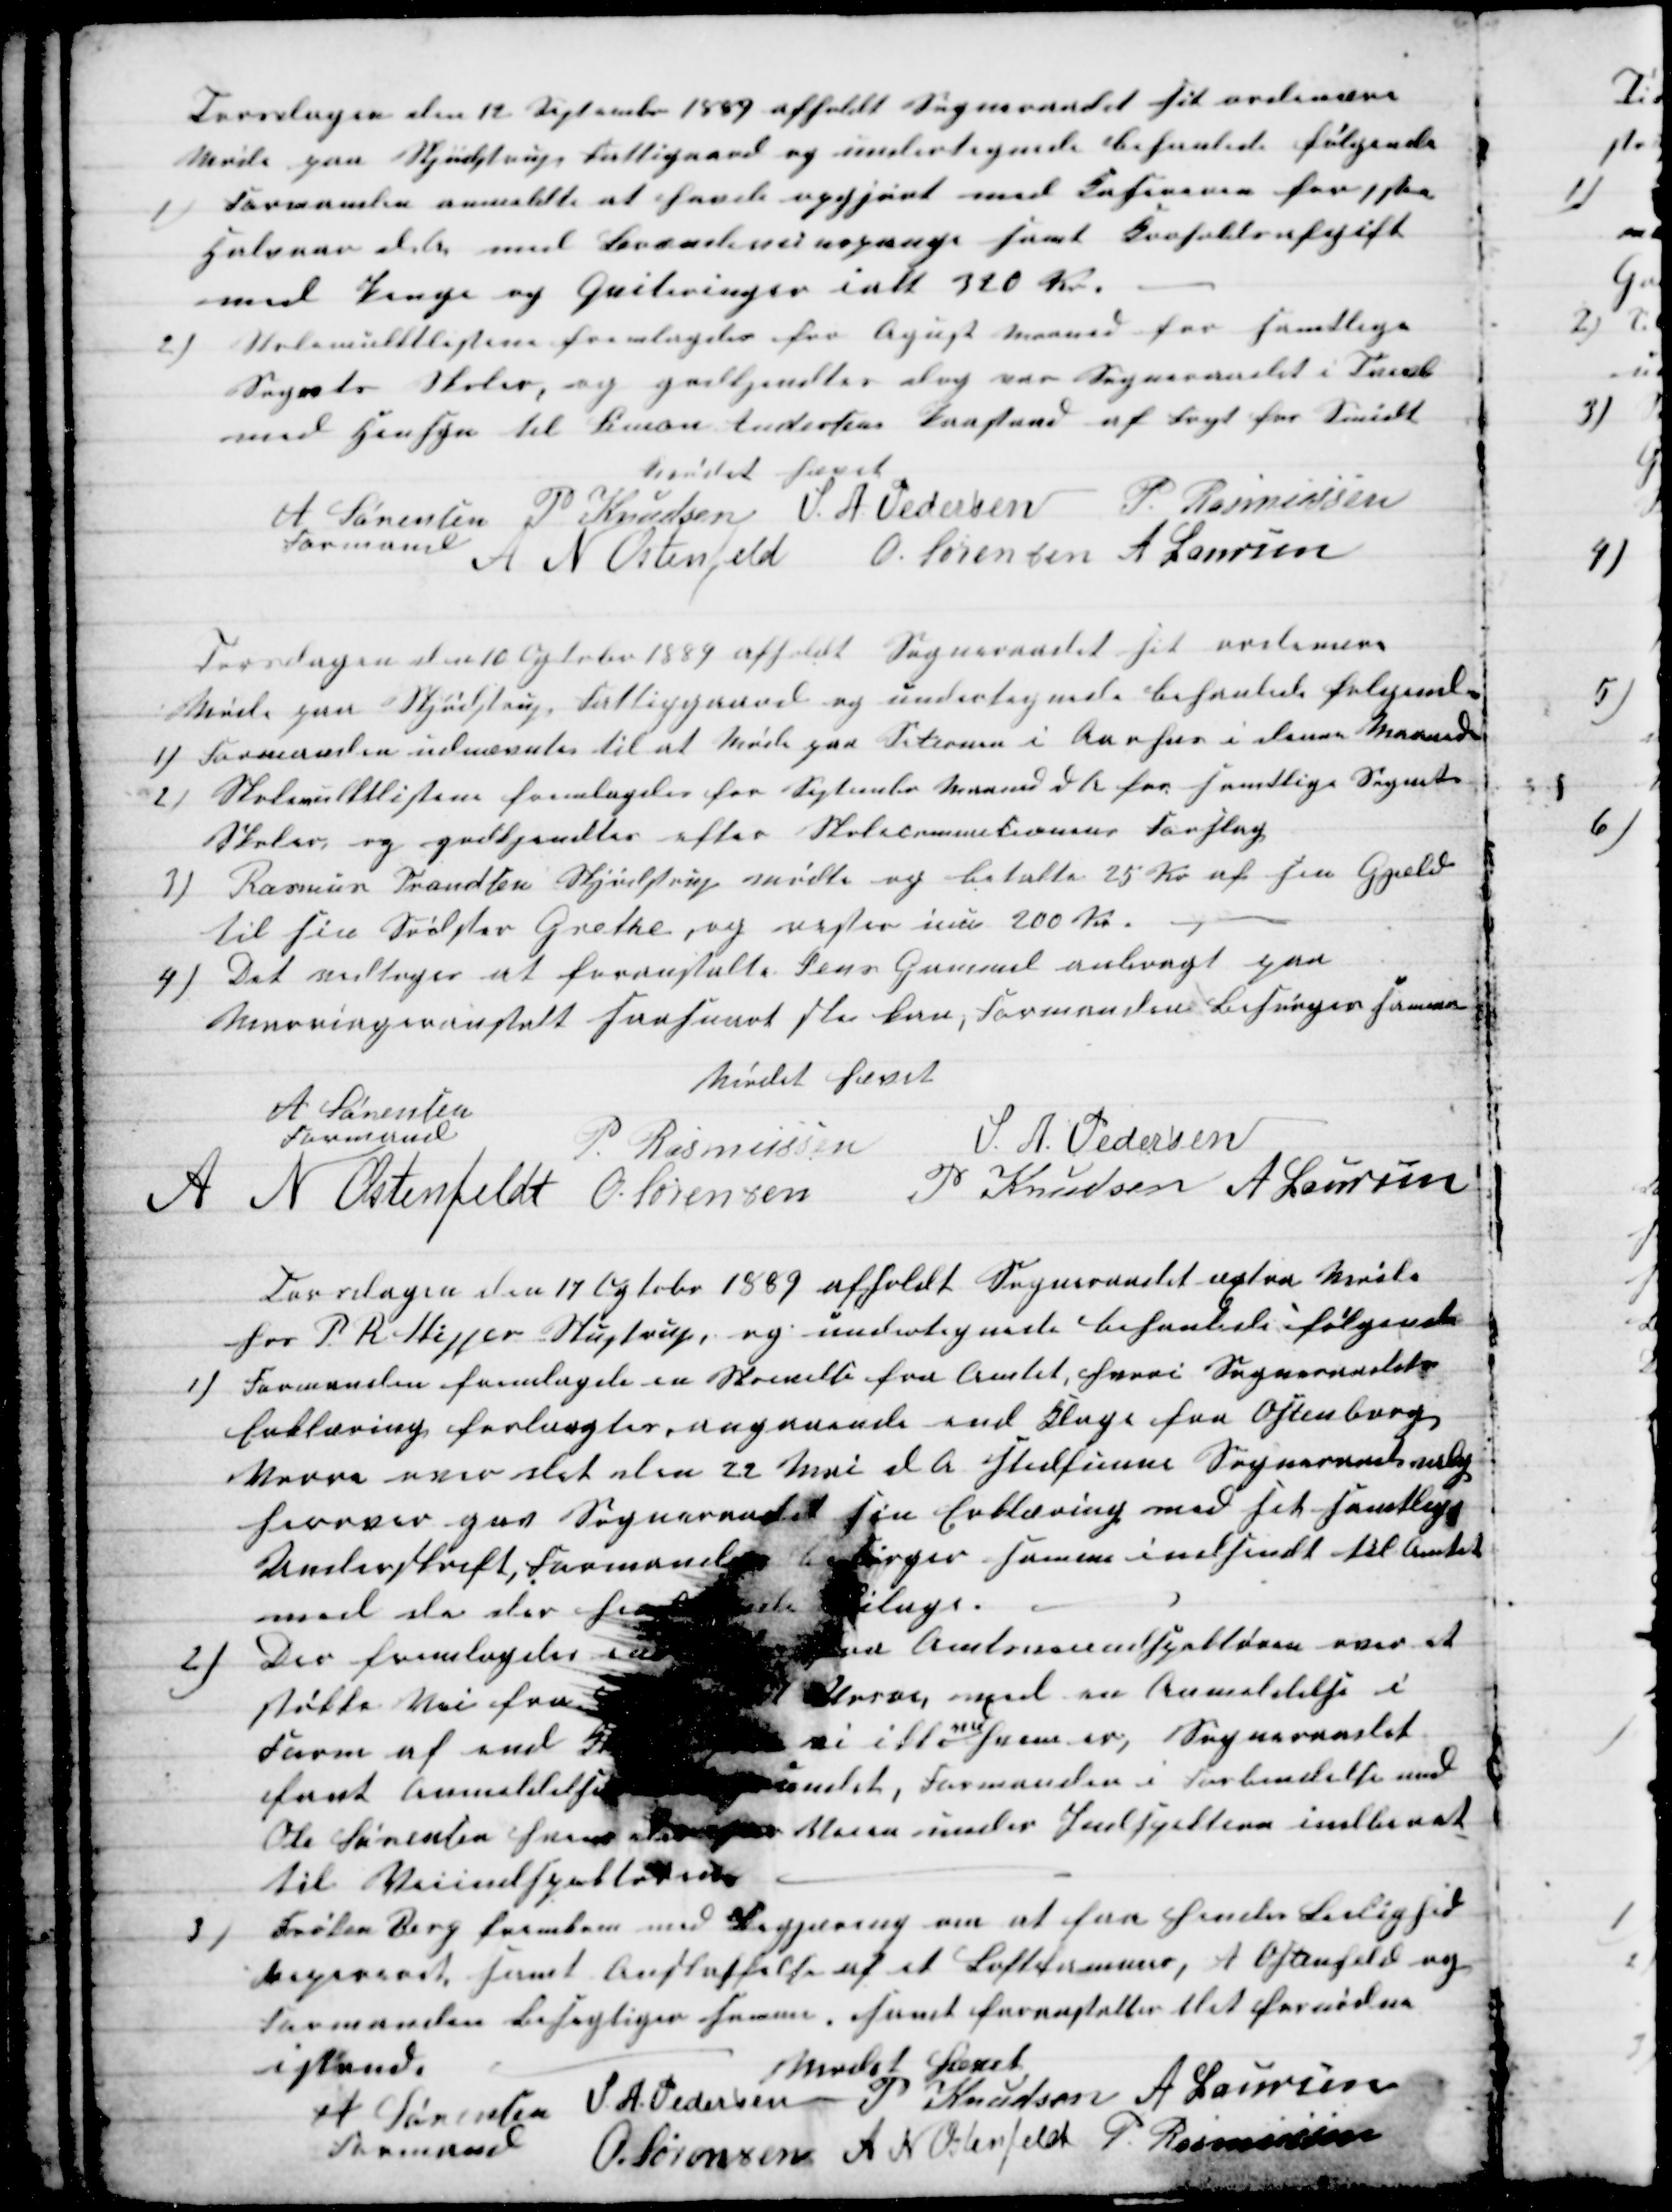
Transskription:
Torsdagen den 12 September 1889 afholdt Sogneraadet sit ordinære
Møde paa Skjødstrup Fattigaard og undertegnede behanlede følgende
1 
Formanden anmeldte at havde opgjørt med Kasereren for 1ste
Halvaar d A med Brændevinspenge samt Kroholderafgift
med Penge og Quiteringer ialt 320 kr.
2)
Skolemulktlistene fremlagdes for Agust Maaned for samtlige
Sognets Skoler, og godkjendtes dog var Sogneraadet i Tvivl
med Hensyn til Simon Andersens Paastand af Fryt for Smidt
Mødet hævet
A Sørensen 
Formand
P. Knudsen S. A. Pedersen P. Rasmussen
A N Ostenfeld O. Sørensen A Laursen
Torsdagen den 10 Ogtobr 1889 afholdt Sogneraadet sit ordinære
Møde paa Skjødstrup Fattiggaard og undertegnede behanlede følgende
1) Formanden udnævntes til at Møde paa Setionen i Aarhus i denne Maaned
2) Skolemulktlistene fremlagdes for September Maaned d A fra samtlige Sognets
Skoler, og godkjendtes efter Skolecommitionens Forslag
3)
Rasmus Frandsen Skjødstrup mødte og betalte 25 Kr af sin Gjæld
til sin Sødster Grethe, og rester inu 200 Kr.
4) 
Det vedtoges at foranstalte Jens Gammel anbragt paa
Mariageranstalt saasnart ske kan, Formanden Besørger samme
Mødet hævet
A Sørensen
Formand
P. Rasmussen
S. A. Pedersen
A N Ostenfeldt O. Sørensen
P Knudsen A Laursen
Torsdagen den 17 Ogtober 1889 afholdt Sogneraadet æxtra Møde
hos P. R Skipper Stustrup, og undertegnede behanlede følgende
1)
Formanden fremlagde en Skrivelse fra Amtet, hvori Sogneraadets
Erklæring forlangtes, angaaende end Klage fra Ostenborg,
Vorre over det den 22 Mai d A. stedfunne Sogneraadsvalg
herover gav Sogneraadet sin Erklæring med sit samtlige
Underskrift, Formanden besørger samme indsendt til Amtet
med de der h Bilage.
2)
Der fremlagdes 
  Amtsveiindspektøren over at
støkke Vei fra 
Vorre, imod en Anmeldelse i
Form af end 
vi ikke
ved
hvem er, Sogneraadet
fant anmeldelsen 
, Formanden i Forbindelse med
Ole Sørensen hvem   Veien under Indspektion indberet
til Veiindspektøren
3)
Frøken Berg fremkom med Begjæring om at faa hendes Leilighed
repereret samt anskaffelse af et Loftskammer, A Ostenfeld og
Formanden besigtiger samme samt foranstalter det fornødne
istand.
Mødet hævet
A Sørensen 
Formand
S. A. Pedersen P Knudsen A Laursen
O. Sørensen A N Ostenfeld P. Rasmussen